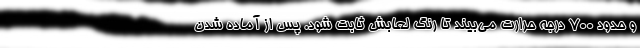
و حدود ۷۰۰ درجه حرارت می‌بیند تا رنگ لعابش ثابت شود. پس از آماده شدن